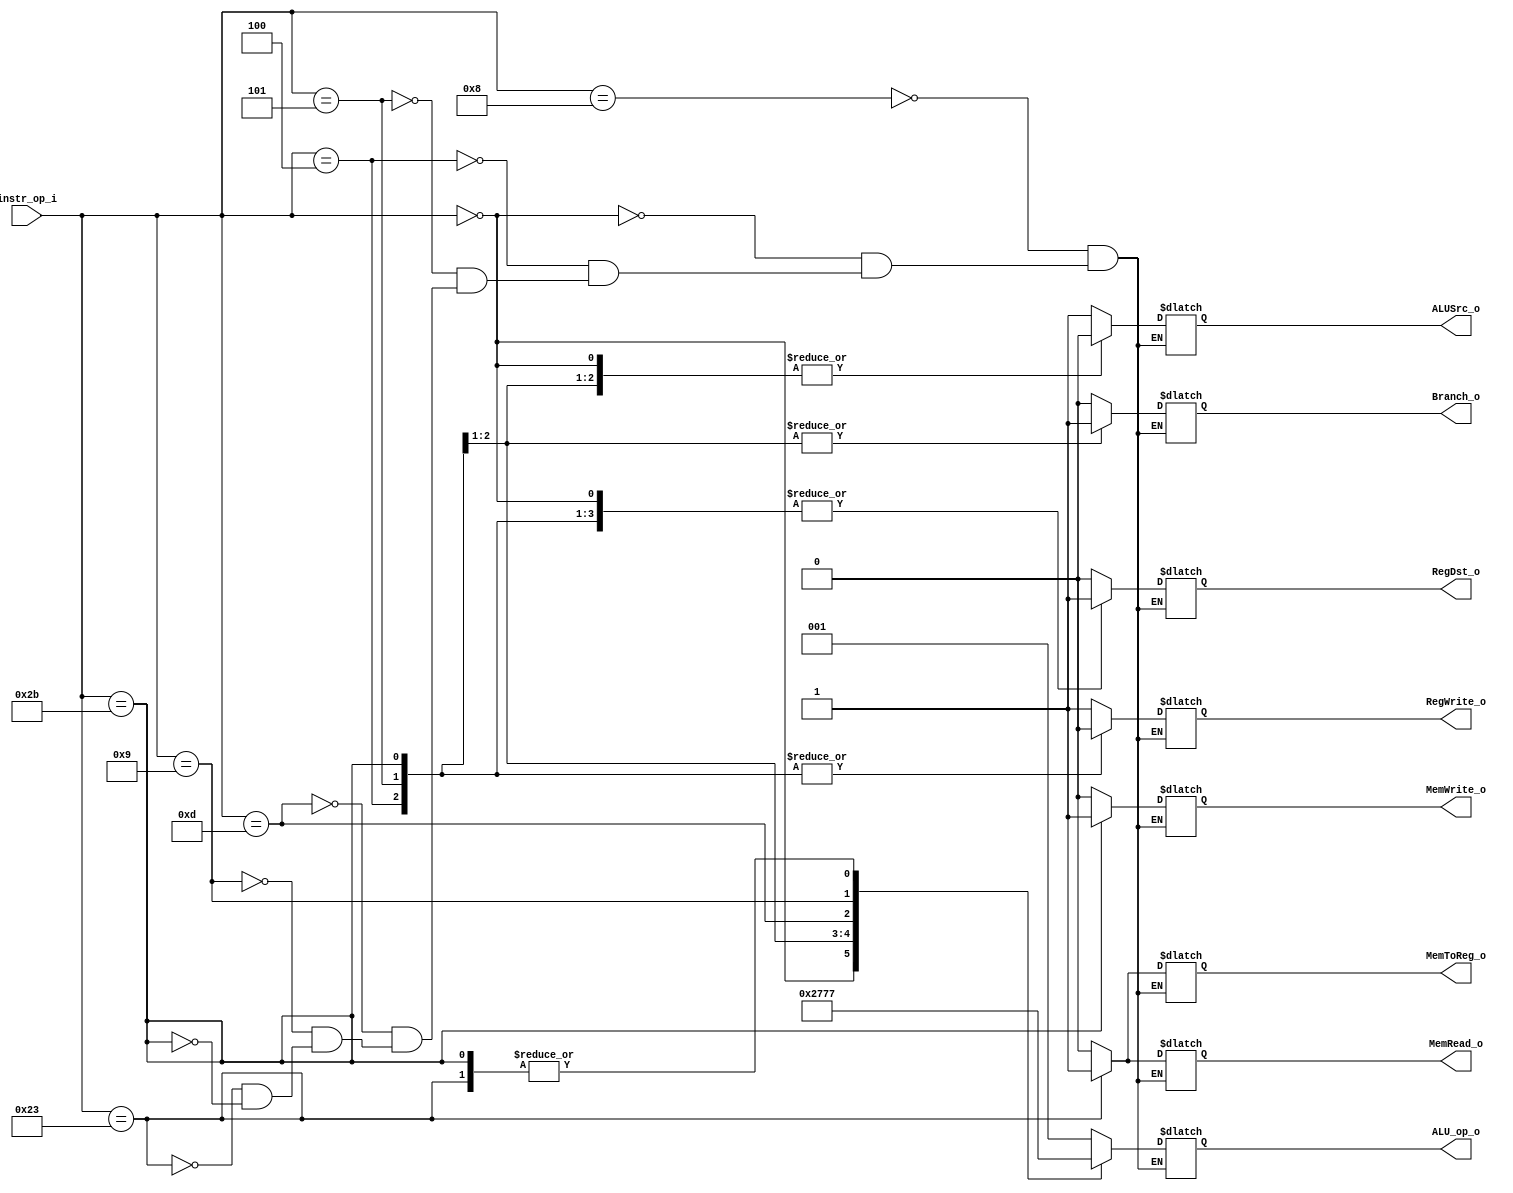
//Subject:     CO project 2 - Decoder
//--------------------------------------------------------------------------------
//Version:     1
//--------------------------------------------------------------------------------
//Writer:      
//----------------------------------------------
//Date:        
//----------------------------------------------
//Description: 
//--------------------------------------------------------------------------------
//0316303fM_0316309S
module Decoder(
    instr_op_i,
	RegWrite_o,
	ALU_op_o,
	ALUSrc_o,
	RegDst_o,
	Branch_o,
	MemRead_o,
	MemWrite_o,
	MemToReg_o
	);
     
//I/O ports
input  [6-1:0] instr_op_i;

output         RegWrite_o;
output [3-1:0] ALU_op_o;
output         ALUSrc_o;
output         RegDst_o;
output         Branch_o;
output 			MemRead_o;
output			MemWrite_o;
output			MemToReg_o;
 
//Internal Signals
reg    [3-1:0] ALU_op_o;
reg            ALUSrc_o;
reg            RegWrite_o;
reg            RegDst_o;
reg            Branch_o;
reg				MemRead_o;
reg				MemWrite_o;
reg				MemToReg_o;

//Parameter
parameter addi = 6'b001000;//8
parameter R_type = 6'b000000; //0
parameter beq = 6'b000100; //4
parameter bne = 6'b000101; //5
//parameter lui = 6'b001111; //15
parameter ori = 6'b001101; //13
parameter sltiu = 6'b001001; //9
parameter lw = 6'b100011;
parameter sw = 6'b101011;

parameter alu_R_type = 3'b000; //0
parameter alu_addi = 3'b001;//1
parameter alu_beq = 3'b010;//2
parameter alu_bne = 3'b011;//3
//parameter alu_lui = 3'b100;//4
parameter alu_ori = 3'b101;//5
parameter alu_sltiu = 3'b110;//6
parameter alu_lwsw = 3'b111;//7


//Main function
always@(*)
begin
	case(instr_op_i)
	addi: //addi
	begin
		RegDst_o = 0;
		ALUSrc_o = 1;
		RegWrite_o = 1; 
		ALU_op_o = alu_addi; 
		Branch_o = 0;
		MemRead_o = 0;
		MemWrite_o = 0;
		MemToReg_o = 0;
	end
	R_type://r_type
	begin
		RegDst_o = 1;
		ALUSrc_o = 0;
		RegWrite_o = 1; 
		ALU_op_o = alu_R_type; 
		Branch_o = 0;
		MemRead_o = 0;
		MemWrite_o = 0;
		MemToReg_o = 0;
	end
	beq://beq
	begin
		RegDst_o = 1; //ignore
		ALUSrc_o = 0;
		RegWrite_o = 0; 
		ALU_op_o = alu_beq; 
		Branch_o = 1;
		MemRead_o = 0;
		MemWrite_o = 0;
		MemToReg_o = 0; //ignore
	end
	bne://bne
	begin
		RegDst_o = 1; //ignore
		ALUSrc_o = 0;
		RegWrite_o = 0; 
		ALU_op_o = alu_bne; 
		Branch_o = 1;
		MemRead_o = 0;
		MemWrite_o = 0;
		MemToReg_o = 0; //ignore
	end
	/*lui://lui
	begin
		RegDst_o = 0;
		ALUSrc_o = 1;
		RegWrite_o = 1; 
		ALU_op_o = alu_lui; 
		Branch_o = 0;
	end*/
	ori://ori
	begin
		RegDst_o = 0;
		ALUSrc_o = 1;
		RegWrite_o = 1; 
		ALU_op_o = alu_ori; 
		Branch_o = 0;
		MemRead_o = 0;
		MemWrite_o = 0;
		MemToReg_o = 0;
	end
	sltiu://sltiu
	begin
		RegDst_o = 0;
		ALUSrc_o = 1;
		RegWrite_o = 1; 
		ALU_op_o = alu_sltiu; 
		Branch_o = 0;
		MemRead_o = 0;
		MemWrite_o = 0;
		MemToReg_o = 0;
	end
	lw:
	begin
		RegDst_o = 0; 
		ALUSrc_o = 1;
		RegWrite_o = 1; 
		ALU_op_o = alu_lwsw; 
		Branch_o = 0;
		MemRead_o = 1;
		MemWrite_o = 0;
		MemToReg_o = 1; 
	end
	sw:
	begin
		RegDst_o = 1; //ignore
		ALUSrc_o = 1;
		RegWrite_o = 0; 
		ALU_op_o = alu_lwsw; 
		Branch_o = 0;
		MemRead_o = 0;
		MemWrite_o = 1;
		MemToReg_o = 0; //ignore
	end
	endcase
end
endmodule